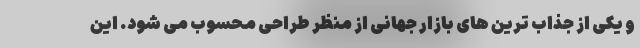
و یکی از جذاب ترین های بازار جهانی از منظر طراحی محسوب می شود. این